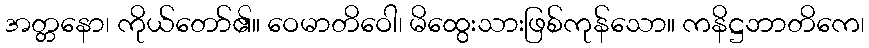
အတ္တနော၊ ကိုယ်တော်၏။ ဝေမာတိဝေါ၊ မိထွေးသားဖြစ်ကုန်သော။ ကနိဋ္ဌဘာတိကေ၊